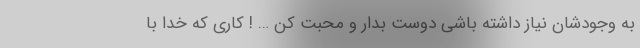
به وجودشان نیاز داشته باشی دوست بدار و محبت کن … ! کاری که خدا با